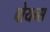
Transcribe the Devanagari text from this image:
बोयन्स